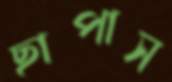
ছাপাস